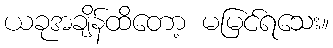
ယခုအချိန်ထိတော့ မမြင်ရသေး။